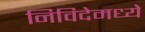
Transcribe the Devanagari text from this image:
निविदेमध्ये